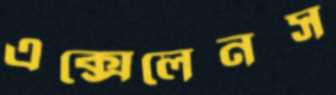
এক্সেলেনস